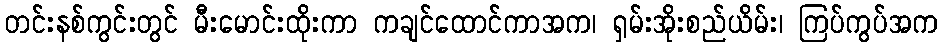
တင်းနစ်ကွင်းတွင် မီးမောင်းထိုးကာ ကချင်ထောင်ကာအက၊ ရှမ်းအိုးစည်ယိမ်း၊ ကြပ်ကွပ်အက